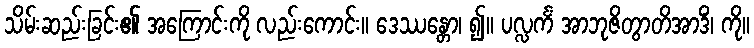
သိမ်းဆည်းခြင်း၏ အကြောင်းကို လည်းကောင်း။ ဒေဿန္တော၊ ၍။ ပလ္လင်္ကံ အာဘုဇိတွာတိအာဒိံ၊ ကို။